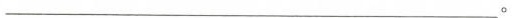
___。